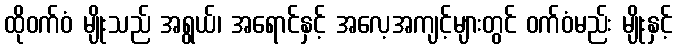
ထိုဝက်ဝံ မျိုးသည် အရွယ်၊ အရောင်နှင့် အလေ့အကျင့်များတွင် ဝက်ဝံမည်း မျိုးနှင့်